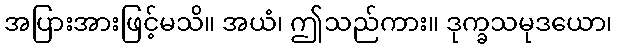
အပြားအားဖြင့်မသိ။ အယံ၊ ဤသည်ကား။ ဒုက္ခသမုဒယော၊